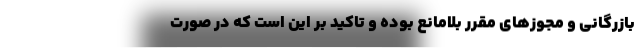
بازرگانی و مجوزهای مقرر بلامانع بوده و تاکید بر این است که در صورت